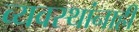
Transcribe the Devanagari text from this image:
व्यवस्थांनाही